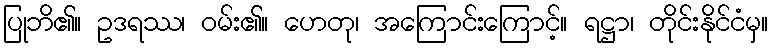
ပြုဘိ၏။ ဥဒရဿ၊ ဝမ်း၏။ ဟေတု၊ အကြောင်းကြောင့်။ ရဋ္ဌာ၊ တိုင်းနိုင်ငံမှ။